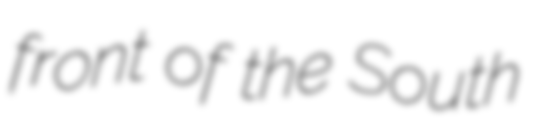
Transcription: front of the South